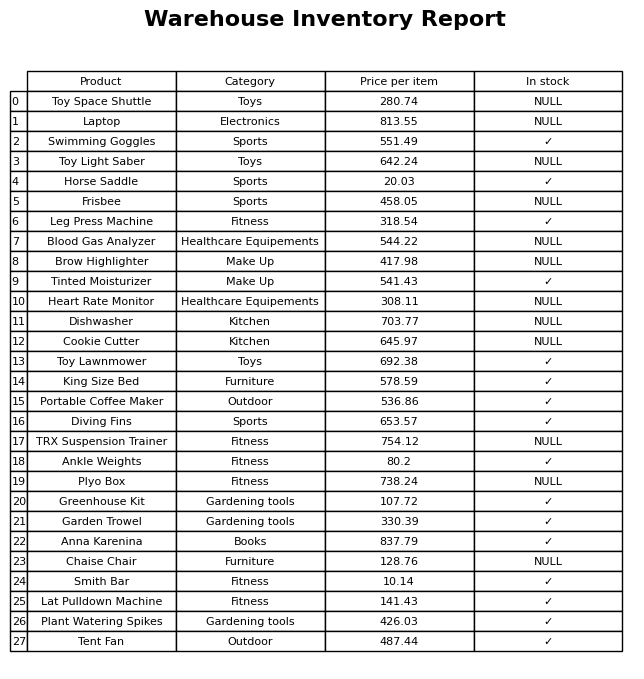
question: What is the price of the Garden Trowel?
answer: The price of Garden Trowel is 330.39.